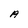
Character: A